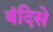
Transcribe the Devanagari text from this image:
बंदिसे